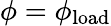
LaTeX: \phi=\phi_{\mathrm{load}}